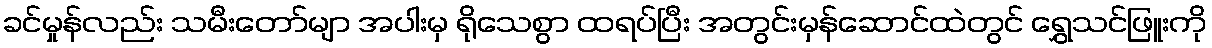
ခင်မှုန်လည်း သမီးတော်မျာ အပါးမှ ရိုသေစွာ ထရပ်ပြီး အတွင်းမှန်ဆောင်ထဲတွင် ရွှေသင်ဖြူးကို